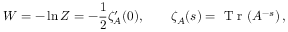
W = - \ln Z = - \frac { 1 } { 2 } \zeta _ { A } ^ { \prime } ( 0 ) , \qquad \zeta _ { A } ( s ) = { \textrm { T r } } ( A ^ { - s } ) \, ,